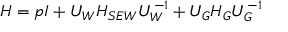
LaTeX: H = p I + U _ { W } H _ { S E W } U _ { W } ^ { - 1 } + U _ { G } H _ { G } U _ { G } ^ { - 1 }